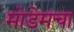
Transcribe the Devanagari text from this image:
मोडेमचा